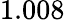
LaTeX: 1.008